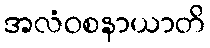
အလံဝစနာယာတိ